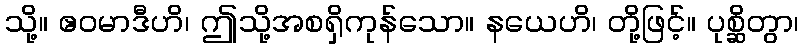
သို့။ ဧဝမာဒီဟိ၊ ဤသို့အစရှိကုန်သော။ နယေဟိ၊ တို့ဖြင့်။ ပုစ္ဆိတွာ၊